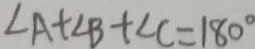
\angle A + \angle B + \angle C = 1 8 0 ^ { \circ }